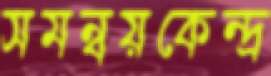
সমন্বয়কেন্দ্র